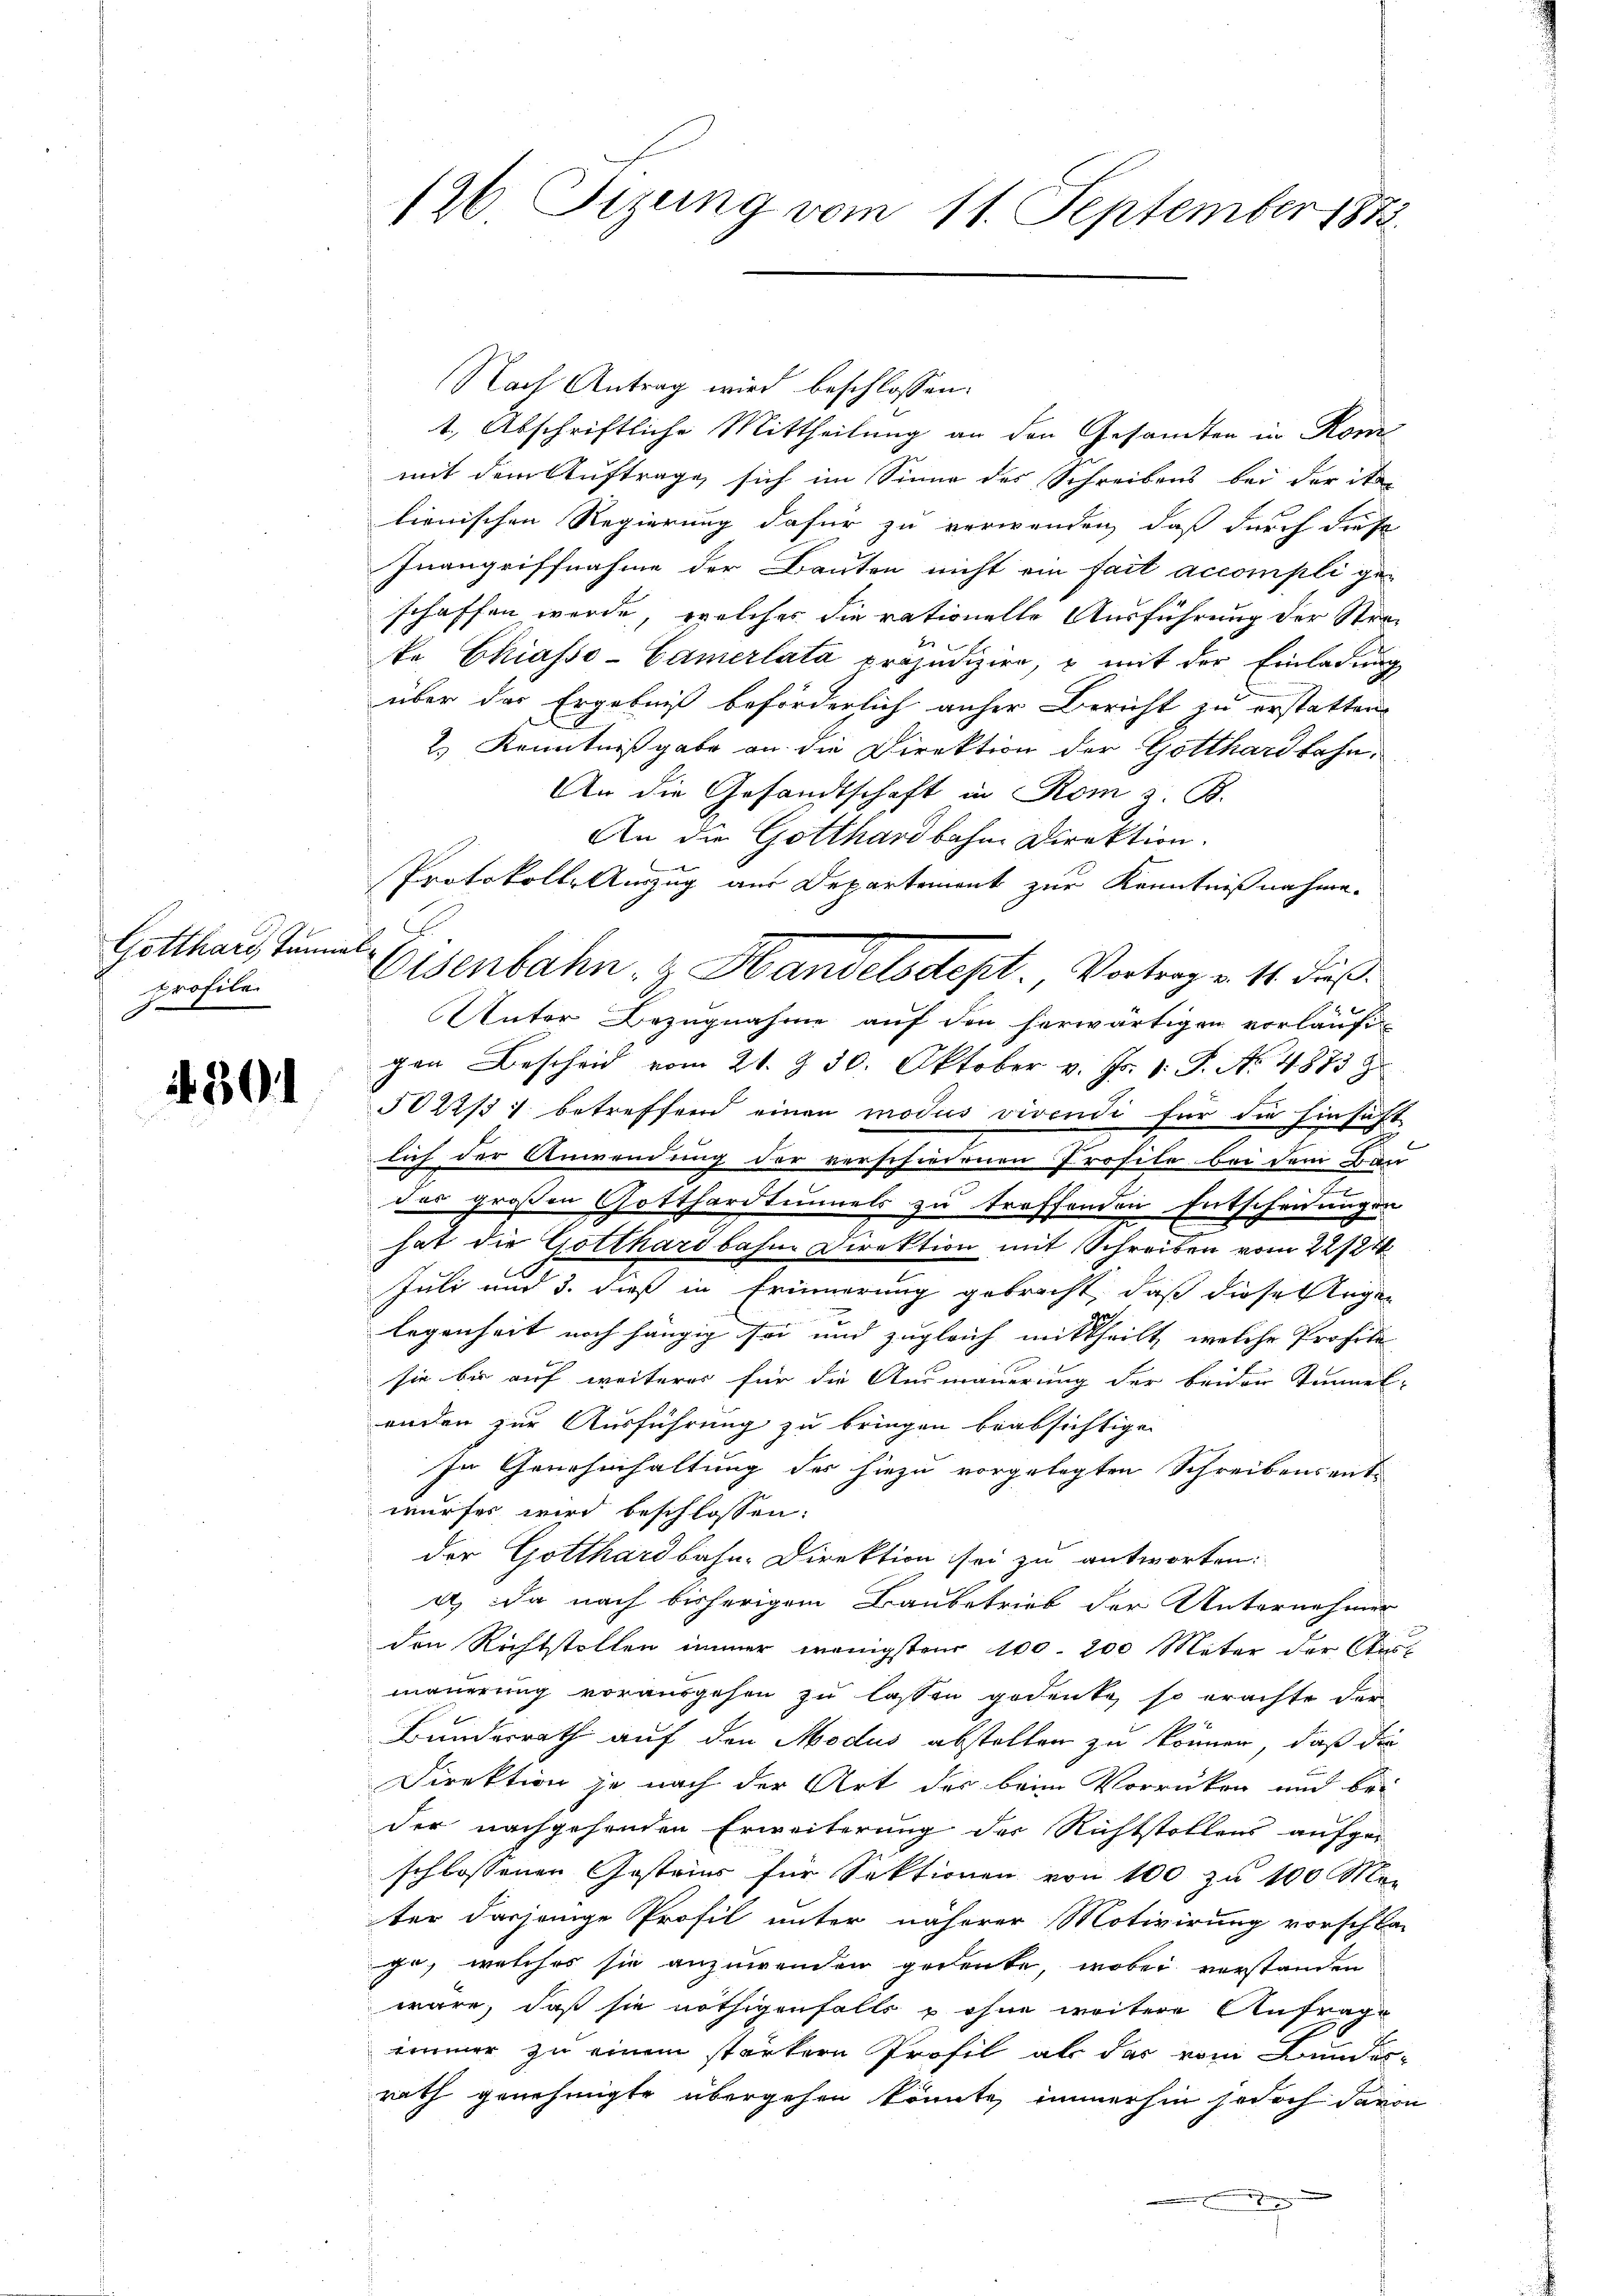
Gotthard Tunnat
profile

301

126 Fizung vom 11. September 1873.

Nach Antrag wird beschlossen:
1., Abschriftliche Mittheilung an den Gesandten in Kom
mit dem Auftrage sich im Sinne des Schreibens bei der Sti-
lienischen Regierung dafür zu verwenden, daß durch diese
Inangriffnahme der Bauten nicht ein fait accompli ge-
schaffen werde, welches die rationelle Ausführung der Strake Chiasso-Camerlatá präjudizien, u mit der Einladung
über das Ergebniß beförderlich anher Bericht zu erstatten.
2.) Kenntnißgabe an die Direktion der Gotthardbahn¬
An die Gesandtschaft in Rom z. B.
An die Gotthardbahne Direktion.
Protokolle Auszug aus Departement zur Kenntnißnahme.
Unter Bezugnahme auf den herwärtigen vorläufigen Bescheid vom 21. & 30. Oktober v. Js. 1. P. No 4873 z
5022/3 : betreffend einen modus vivendi für die Einsicht
2
lich der Anwendung der verschiedenen Prosite bei dem Bau
das großen Gotthardtunnels zu treffenden Entscheidungen
e
hat die Gotthardbahne Direktion mit Schreiben vom 22/21.
Juli und 3. dieß in Erinnerung gebracht, daß diese Tugen
legenheit noch hängig sei und zugleich mittheilt, welche Profess
sie bis auf weiterer für die Ausmauerung der beider Tannes-
enden zur Ausführung zu bringen beabsichtigen
In Genehmhaltung der hiezu vorgelegten Schreibensent-
wurfes wird beschlossen:
der Gotthardbahn-Direktion sei zu antworten:
4) Da nach bisherigem Baubetrieb der Unternehmer
den Richtstellen immer wenigsten 100. 200 Meter der Aus-
mauerung vorausgehen zu lassen gedenke, so erachte der
Bundesrath auf den Modus abstellen zu können, daß die
Direktion je nach der Art der beim Vorrücken und be-
der nachgehenden Erweiterung der Richtstollens aufge-
schlossenen Gestrier für Sektionen von 100 zu 100 Mar
ter dasjenige Profil unter näherer Motivirung vorschla-
ge, welches sie anzuwenden gedeute, wobei verstanden
wäre, daß sie nöthigenfalls & ohne weitere Anfrage
immer zu einem stärkern Profil als das vom Bundes-
rath genehmigte übergehen könnte, immerhin jedoch davon
x

Eisenbahn- & Handelsdept. Vortrag v. 14. dieß